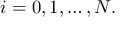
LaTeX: i = 0 , 1 , \dotsc , N .